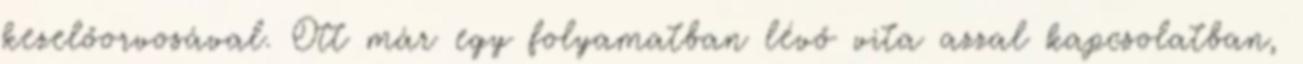
kezelőorvosával. Ott már egy folyamatban lévő vita azzal kapcsolatban,